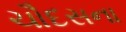
ચૌદસના